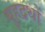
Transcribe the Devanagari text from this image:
बुहद्रथों